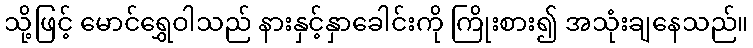
သို့ဖြင့် မောင်ရွှေဝါသည် နားနှင့်နှာခေါင်းကို ကြိုးစား၍ အသုံးချနေသည်။